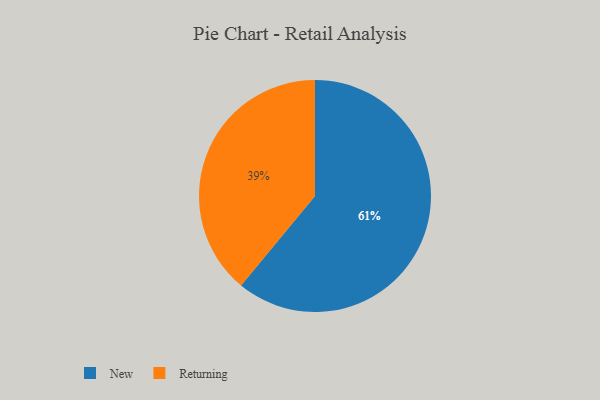
{"axis": {"x": "Category", "y": "Percentage"}, "legend": ["New", "Returning"], "data": [{"x": "Returning", "y": 39, "type": "Returning"}, {"x": "New", "y": 61, "type": "New"}]}